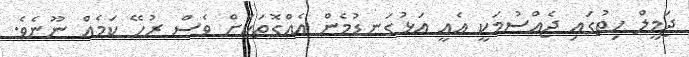
ޖަމީލް ހިތުގައި ޖެއްސުމަކީ އެއީ އަޅުގަނޑުމެން އެއްގޮތަކަށް ވެސް ރުހޭ ކަމެއް ނޫނެވެ.